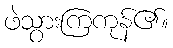
ဖဲသွားကြကုန်၏။